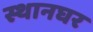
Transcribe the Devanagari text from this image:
स्थानघर